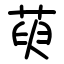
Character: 萸